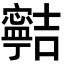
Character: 𡫸